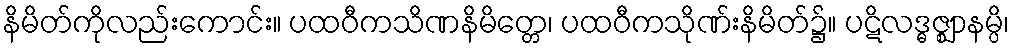
နိမိတ်ကိုလည်းကောင်း။ ပထဝီကသိဏနိမိတ္တေ၊ ပထဝီကသိုဏ်းနိမိတ်၌။ ပဋိလဒ္ဓဇ္ဈာနမ္ပိ၊